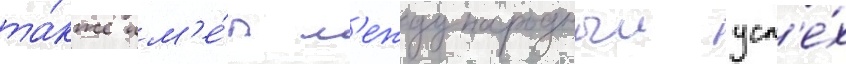
та́кже им'е́л м'еждународныи усп'е́х